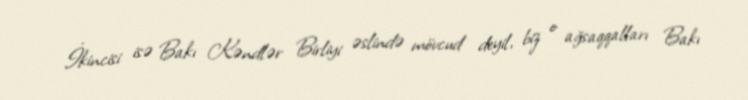
İkincisi isə Bakı Kəndlər Birliyi əslində mövcud deyil, biz o ağsaqqalları Bakı